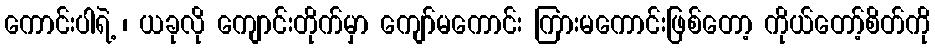
ကောင်းပါရဲ့ ၊ ယခုလို ကျောင်းတိုက်မှာ ကျော်မကောင်း ကြားမကောင်းဖြစ်တော့ ကိုယ်တော့်စိတ်ကို